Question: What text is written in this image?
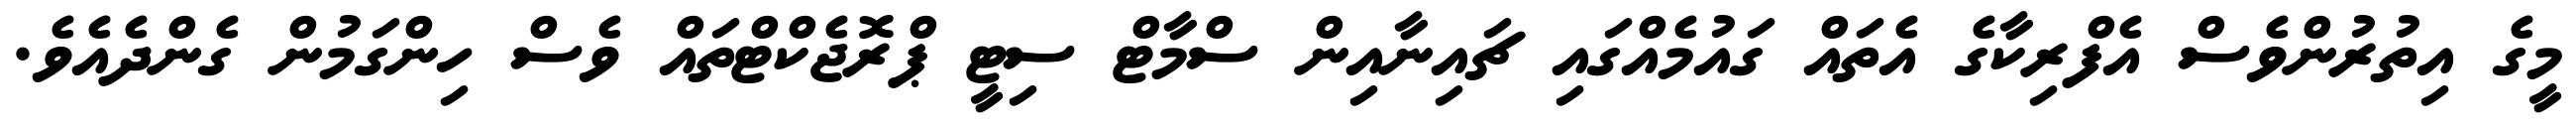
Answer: މީގެ އިތުރުންވެސް އެފްރިކާގެ އެތައް ގައުމެއްގައި ޗައިނާއިން ސްމާޓް ސިޓީ ޕްރޮޖެކްޓްތައް ވެސް ހިންގަމުން ގެންދެއެވެ.